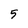
Character: 5